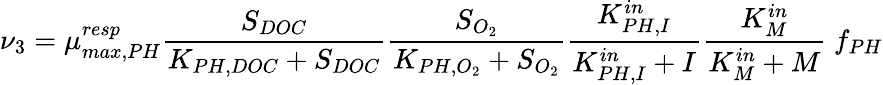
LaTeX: \nu_{3}=\mu_{max,PH}^{resp}\frac{S_{DOC}}{K_{PH,DOC}+S_{DOC}}\frac{S_{O_{2}}}{K_{PH,O_{2}}+S_{O_{2}}}\frac{K_{PH,I}^{in}}{K_{PH,I}^{in}+I}\frac{K_{M}^{in}}{K_{M}^{in}+M}\ f_{PH}